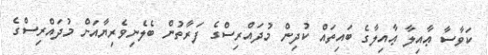
ކަވާސާ ޢާއިލާ ޢާއިލާގެ ބައިތައް ކުދިން މުދައްރިސްގެ ފަރާތުން ބެލެނިވެރިޔާއަށް މުދައްރިސްގެ